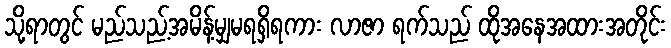
သို့ရာတွင် မည်သည့်အမိန့်မျှမရရှိရကား လာဇာ ရက်သည် ထိုအနေအထားအတိုင်း